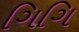
ગિગિ